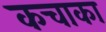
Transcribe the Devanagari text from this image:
कचाका